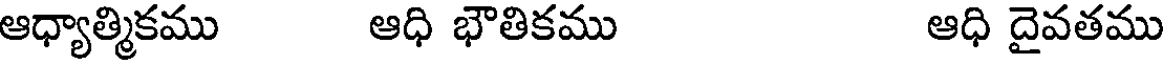
ఆధ్యాత్మికము ఆధి భౌతికము ఆధి దైవతము